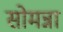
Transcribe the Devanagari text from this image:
सोमन्ना